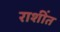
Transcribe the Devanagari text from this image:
राशींत